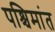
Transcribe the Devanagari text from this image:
पश्चिमांत